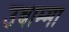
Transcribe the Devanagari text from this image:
उथाम्मा